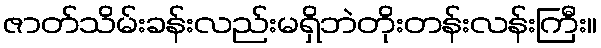
ဇာတ်သိမ်းခန်းလည်းမရှိဘဲတိုးတန်းလန်းကြီး။